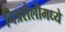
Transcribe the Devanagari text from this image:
चित्रशैलीमध्ये